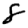
Digit: 8